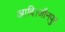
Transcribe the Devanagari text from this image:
आदि।जौनपुर